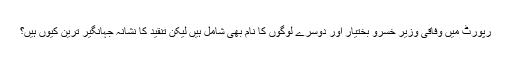
رپورٹ میں وفاقی وزیر خسرو بختیار اور دوسرے لوگوں کا نام بھی شامل ہیں لیکن تنقید کا نشانہ جہانگیر ترین کیوں ہیں؟